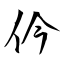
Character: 仱